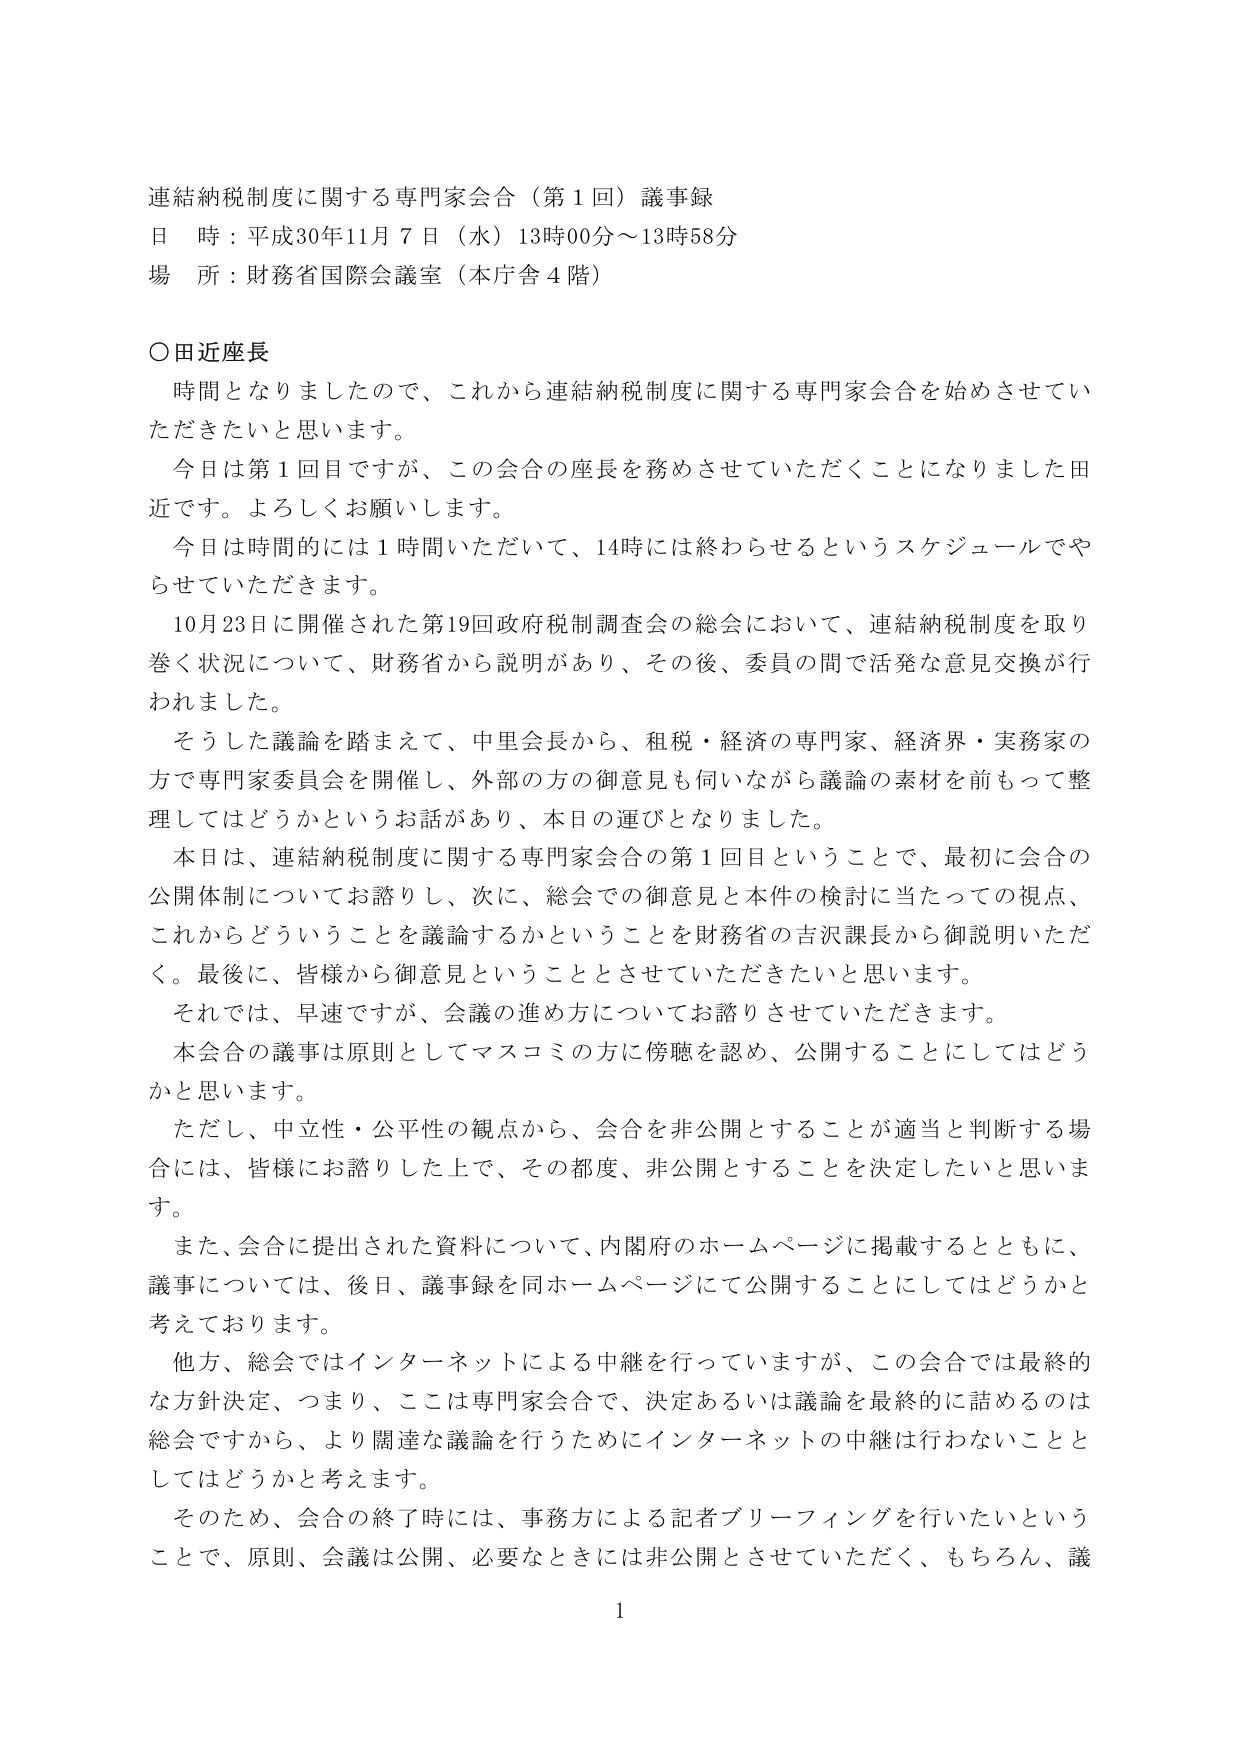
連結納税制度に関する専門家会合（第１回）議事録
日 時：平成30年11月７日（水）13時00分～13時58分
場 所：財務省国際会議室（本庁舎４階）

○田近座長
　時間となりましたので、これから連結納税制度に関する専門家会合を始めさせていただきたいと思います。
　今日は第１回目ですが、この会合の座長を務めさせていただくことになりました田近です。よろしくお願いします。
　今日は時間的には１時間いただいて、14時には終わらせるというスケジュールでやらせていただきます。
　10月23日に開催された第19回政府税制調査会の総会において、連結納税制度を取り巻く状況について、財務省から説明があり、その後、委員の間で活発な意見交換が行われました。
　そうした議論を踏まえて、中里会長から、租税・経済の専門家、経済界・実務家の方で専門家委員会を開催し、外部の方の御意見も伺いながら議論の素材を前もって整理してはどうかというお話があり、本日の運びとなりました。
　本日は、連結納税制度に関する専門家会合の第１回目ということで、最初に会合の公開体制についてお諮りし、次に、総会での御意見と本件の検討に当たっての視点、これからどういうことを議論するかということを財務省の吉沢課長から御説明いただく。最後に、皆様から御意見ということとさせていただきたいと思います。
　それでは、早速ですが、会議の進め方についてお諮りさせていただきます。
　本会合の議事は原則としてマスコミの方に傍聴を認め、公開することにしてはどうかと思います。
　ただし、中立性・公平性の観点から、会合を非公開とすることが適当と判断する場合には、皆様にお諮りした上で、その都度、非公開とすることを決定したいと思います。
　また、会合に提出された資料について、内閣府のホームページに掲載するとともに、議事については、後日、議事録を同ホームページにて公開することにしてはどうかと考えております。
　他方、総会ではインターネットによる中継を行っていますが、この会合では最終的な方針決定、つまり、ここは専門家会合で、決定あるいは議論を最終的に詰めるのは総会ですから、より関連な議論を行うためにインターネットの中継は行わないこととしてはどうかと考えます。
　そのため、会合の終了時には、事務方による記者ブリーフィングを行いたいということで、原則、会議は公開、必要なときには非公開とさせていただく、もちろん、議

1